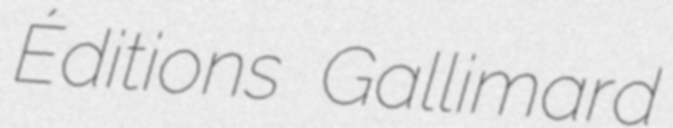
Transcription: Éditions Gallimard